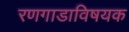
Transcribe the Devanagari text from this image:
रणगाडाविषयक